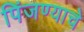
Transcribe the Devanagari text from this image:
पिंजण्याचे